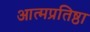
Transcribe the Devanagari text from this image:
आत्मप्रतिष्ठा